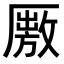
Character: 𠪭